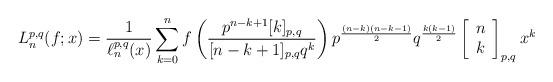
LaTeX: \begin{align*}L_n^{p,q}(f;x)=\frac{1}{\ell_n^{p,q}(x)}\sum_{k=0}^n f \left( \frac{p^{n-k+1}[k]_{p,q}}{[n-k+1]_{p,q}q^k }\right) p^{\frac{(n-k)(n-k-1)}{2}}q^{\frac{k(k-1)}{2}} \left[\begin{array}{c}n \\k\end{array}\right] _{p,q} x^k\end{align*}